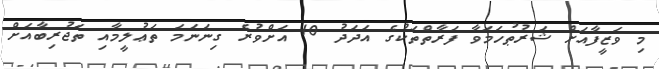
މި ވަޒީފާއަށް ޝަރުޠުހަމަވާ ފަރާތްތަކުގެ އަދަދު 10 އަށްވުރެ ގިނަނަމަ ތަޢުލީމާއި ތަޖުރިބާއަށް